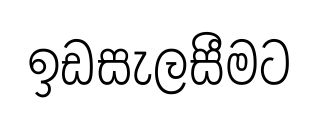
ඉඩසැලසීමට